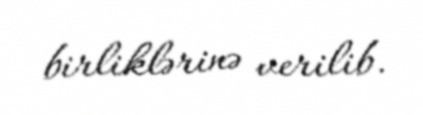
birliklərinə verilib.